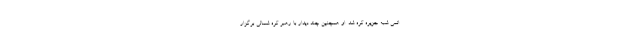
اتمی شبه جزیره کره شد. او همچنین چند دیدار با رهبر کره شمالی برگزار